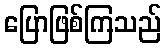
ပြောဖြစ်ကြသည်